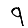
Digit: 9